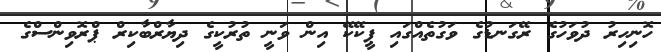
ހޮނިހިރު ދުވަހުގެ ރޭގަނޑުގެ ވަގުތެއްގައި ޕީކޭކޭ އިން ވަނީ ތުރުކީގެ ދިޔާރްބާކިރް ޕްރޮވިންސްގެ